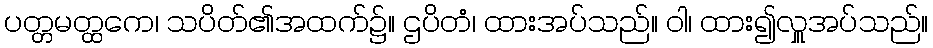
ပတ္တမတ္ထကေ၊ သပိတ်၏အထက်၌။ ဌပိတံ၊ ထားအပ်သည်။ ဝါ၊ ထား၍လှူအပ်သည်။